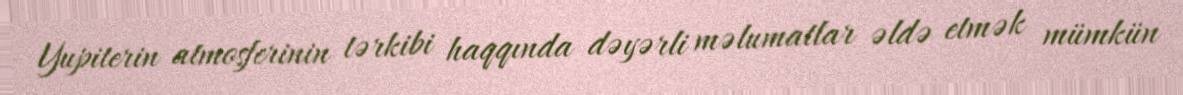
Yupiterin atmosferinin tərkibi haqqında dəyərli məlumatlar əldə etmək mümkün